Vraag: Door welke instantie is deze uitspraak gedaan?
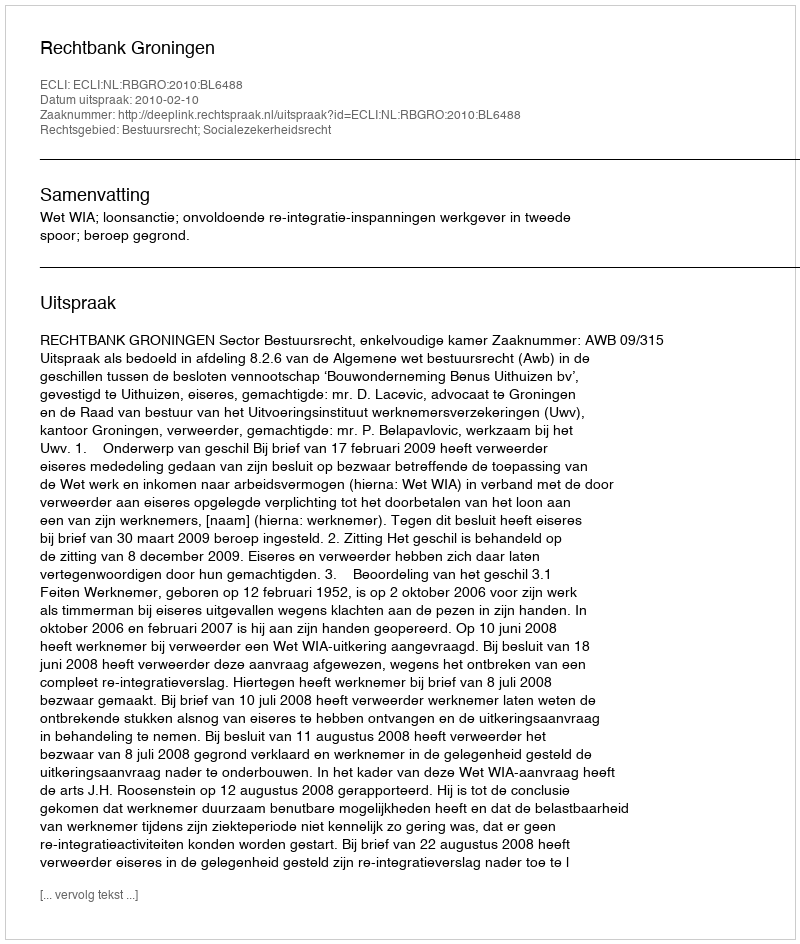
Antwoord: Rechtbank Groningen